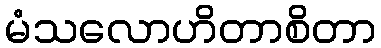
မံသလောဟိတာစိတာ